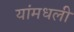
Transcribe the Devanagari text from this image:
यांमधली